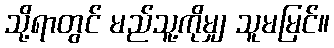
သို့ရာတွင် မည်သူ့ကိုမျှ သူမမြင်။